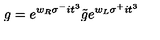
g = e ^ { w _ { R } \sigma ^ { - } i t ^ { 3 } } { \tilde { g } } e ^ { w _ { L } \sigma ^ { + } i t ^ { 3 } }